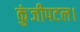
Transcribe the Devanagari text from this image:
कुंजीपटल।